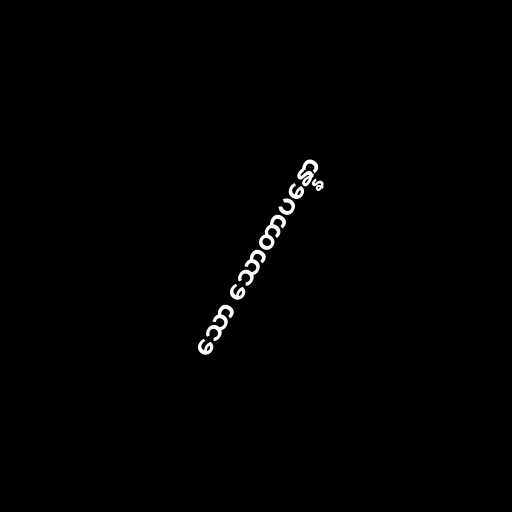
သော သောတာပန္နော